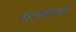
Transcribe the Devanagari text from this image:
मारावयाच्या